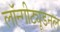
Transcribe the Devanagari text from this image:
लॉन्गीट्यूडनल